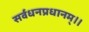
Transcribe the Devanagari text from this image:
सर्वधनप्रधानम्॥